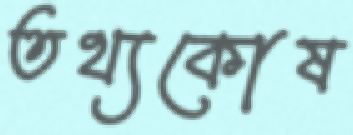
তথ্যকোষ